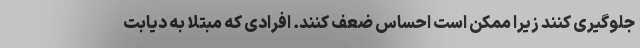
جلوگیری کنند زیرا ممکن است احساس ضعف کنند. افرادی که مبتلا به دیابت